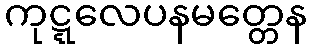
ကုဋ္ဋလေပနမတ္တေန